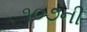
૧૦૭ની